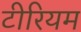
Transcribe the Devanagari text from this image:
टीरियम